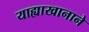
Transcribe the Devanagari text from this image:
याह्याखानाने